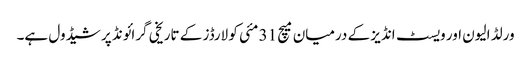
ورلڈ الیون اور ویسٹ انڈیز کے درمیان میچ 31 مئی کو لارڈز کے تاریخی گرائونڈ پر شیڈول ہے۔